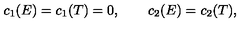
c _ { 1 } ( E ) = c _ { 1 } ( T ) = 0 , \qquad c _ { 2 } ( E ) = c _ { 2 } ( T ) ,